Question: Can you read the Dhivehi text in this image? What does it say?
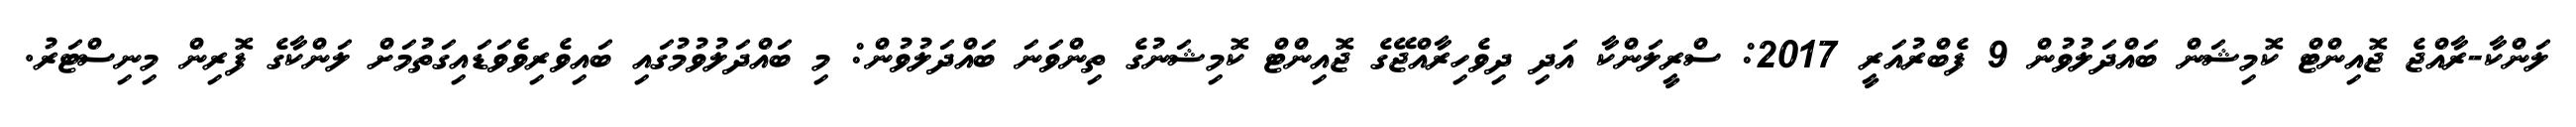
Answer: ލަންކާ-ރާއްޖެ ޖޮއިންޓް ކޮމިޝަން ބައްދަލުވުން 9 ފެބްރުއަރީ 2017: ސްރީލަންކާ އަދި ދިވެހިރާއްޖޭގެ ޖޮއިންޓް ކޮމިޝަނުގެ ތިންވަނަ ބައްދަލުވުން: މި ބައްދަލުވުމުގައި ބައިވެރިވެވަޑައިގަތުމަށް ލަންކާގެ ފޮރިން މިނިސްޓަރު.